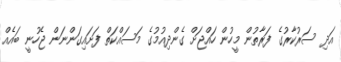
އަދި ސަރުކާރުގެ ފަރާތުން މީހުން ހައްޖަށް ގެންދިއުމުގެ މަސައްކަތް ފަށައިގަންނަން ޖެހުނީ ބައެއް